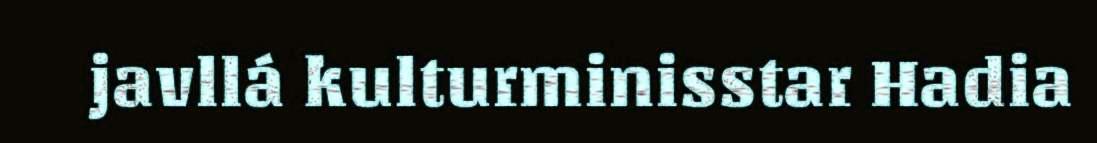
javllá kulturminisstar Hadia